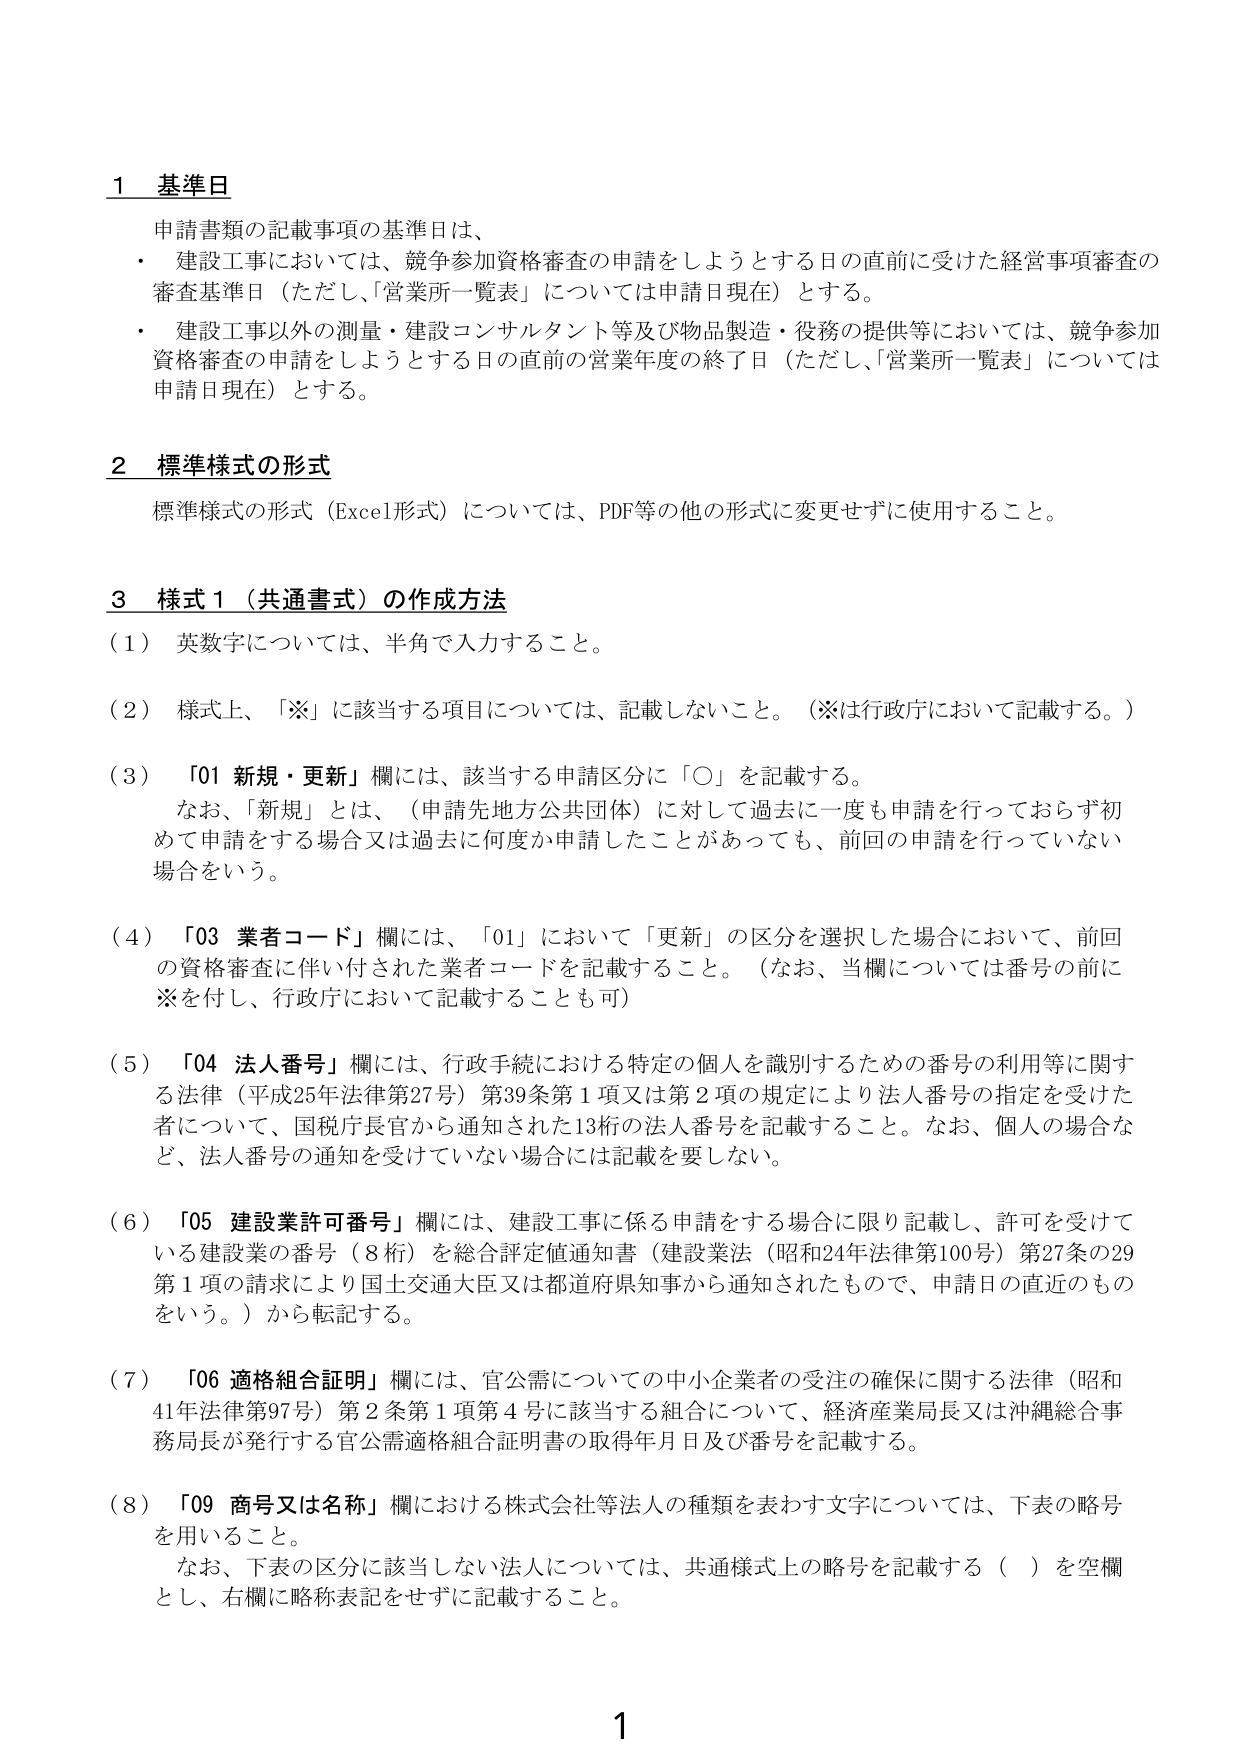
1 基準日
申請書類の記載事項の基準日は、
・ 建設工事においては、競争参加資格審査の申請をしようとする日の直前に受けた経営事項審査の審査基準日（ただし、「営業所一覧表」については申請日現在）とする。
・ 建設工事以外の測量・建設コンサルタント等及び物品製造・役務の提供等においては、競争参加資格審査の申請をしようとする日の直前の営業年度の終了日（ただし、「営業所一覧表」については申請日現在）とする。

2 標準様式の形式
標準様式の形式（Excel形式）については、PDF等の他の形式に変更せずに使用すること。

3 様式1（共通書式）の作成方法
（1） 英数字については、半角で入力すること。
（2） 様式上、「※」に該当する項目については、記載しないこと。（※は行政庁において記載する。）
（3） 「01 新規・更新」欄には、該当する申請区分に「○」を記載する。
　　なお、「新規」とは、（申請先地方公共団体）に対して過去に一度も申請を行っておらず初めて申請をする場合又は過去に何度か申請したことがあっても、前回の申請を行っていない場合をいう。
（4） 「03 業者コード」欄には、「01」において「更新」の区分を選択した場合において、前回の資格審査に伴い付された業者コードを記載すること。（なお、当欄については番号の前に※を付し、行政庁において記載することも可）
（5） 「04 法人番号」欄には、行政手続における特定の個人を識別するための番号の利用等に関する法律（平成25年法律第27号）第39条第1項又は第2項の規定により法人番号の指定を受けた者について、国税庁長官から通知された13桁の法人番号を記載すること。なお、個人の場合など、法人番号の通知を受けていない場合には記載を要しない。
（6） 「05 建設業許可番号」欄には、建設工事に係る申請をする場合に限り記載し、許可を受けている建設業の番号（8桁）を総合評定値通知書（建設業法（昭和24年法律第100号）第27条の29第1項の請求により国土交通大臣又は都道府県知事から通知されたもので、申請日の直近のものをいう。）から転記する。
（7） 「06 適格組合証明」欄には、官公需についての中小企業者の受注の確保に関する法律（昭和41年法律第97号）第2条第1項第4号に該当する組合について、経済産業局長又は沖縄総合事務局長が発行する官公需適格組合証明書の取得年月日及び番号を記載する。
（8） 「09 商号又は名称」欄における株式会社等法人の種類を表わす文字については、下表の略号を用いること。
　　なお、下表の区分に該当しない法人については、共通様式上の略号を記載する（ ）を空欄とし、右欄に略称表記をせずに記載すること。

1